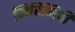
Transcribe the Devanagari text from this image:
मिरिमिची